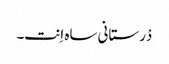
دْرستانی ساہ اِنت۔